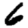
Digit: 6